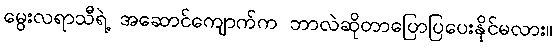
မွေးလရာသီရဲ့ အဆောင်ကျောက်က ဘာလဲဆိုတာပြောပြပေးနိုင်မလား။